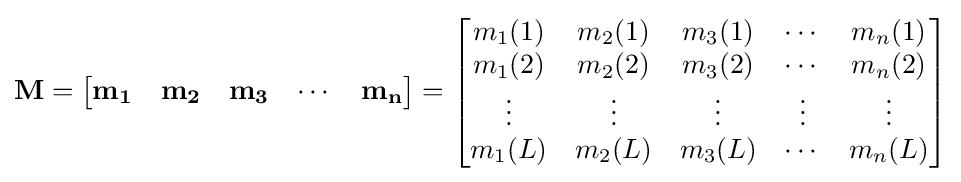
\mathbf {M} ={\begin{bmatrix}\mathbf {m_{1}} &\mathbf {m_{2}} &\mathbf {m_{3}} &\cdots &\mathbf {m_{n}} \end{bmatrix}}={\begin{bmatrix}m_{1}(1)&m_{2}(1)&m_{3}(1)&\cdots &m_{n}(1)\\m_{1}(2)&m_{2}(2)&m_{3}(2)&\cdots &m_{n}(2)\\\vdots &\vdots &\vdots &\vdots &\vdots \\m_{1}(L)&m_{2}(L)&m_{3}(L)&\cdots &m_{n}(L)\end{bmatrix}}